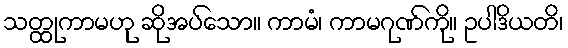
သတ္ထုကာမဟု ဆိုအပ်သော။ ကာမံ၊ ကာမဂုဏ်ကို။ ဥပါဒိယတိ၊